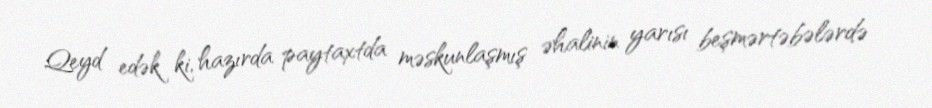
Qeyd edək ki, hazırda paytaxtda məskunlaşmış əhalinin yarısı beşmərtəbələrdə